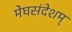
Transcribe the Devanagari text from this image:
मेघसंदेशम्